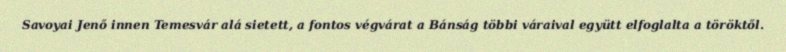
Savoyai Jenő innen Temesvár alá sietett, a fontos végvárat a Bánság többi váraival együtt elfoglalta a töröktől.